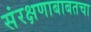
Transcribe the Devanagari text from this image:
संरक्षणाबाबतचा